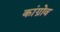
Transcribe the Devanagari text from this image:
कांग्रोव